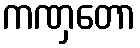
ကဏှတော